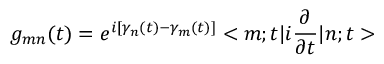
g _ { m n } ( t ) = e ^ { i [ \gamma _ { n } ( t ) - \gamma _ { m } ( t ) ] } < m ; t | i \frac { \partial } { \partial t } | n ; t >